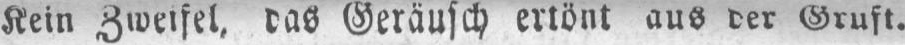
Kein Zweifel, das Geräusch ertönt aus der Gruft.